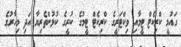
ގައުމީ ކްރިކެޓް ޓީމާއި ވިކްޓަރީގެ ކްރިކެޓް ޓީމުގެ ކުރީގެ ކުޅުންތެރިޔާ އަދި މިހާރުގެ